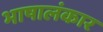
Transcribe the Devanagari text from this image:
भाषालंकार